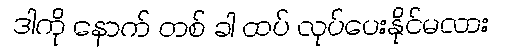
ဒါကို နောက် တစ် ခါ ထပ် လုပ်ပေးနိုင်မလား